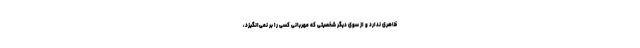
ظاهری ندارد و از سوی دیگر شخصیتی که مهربانی کسی را بر نمی‌انگیزد،